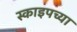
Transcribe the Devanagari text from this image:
स्काइपच्या